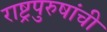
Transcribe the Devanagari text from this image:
राष्ट्रपुरुषांची